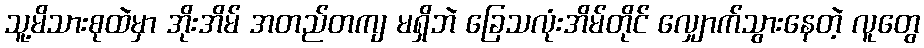
သူ့မိသားစုထဲမှာ အိုးအိမ် အတည်တကျ မရှိဘဲ ခြေသလုံးအိမ်တိုင် လျှောက်သွားနေတဲ့ လူတွေ